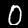
Label: 0